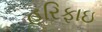
હરિફાઇ